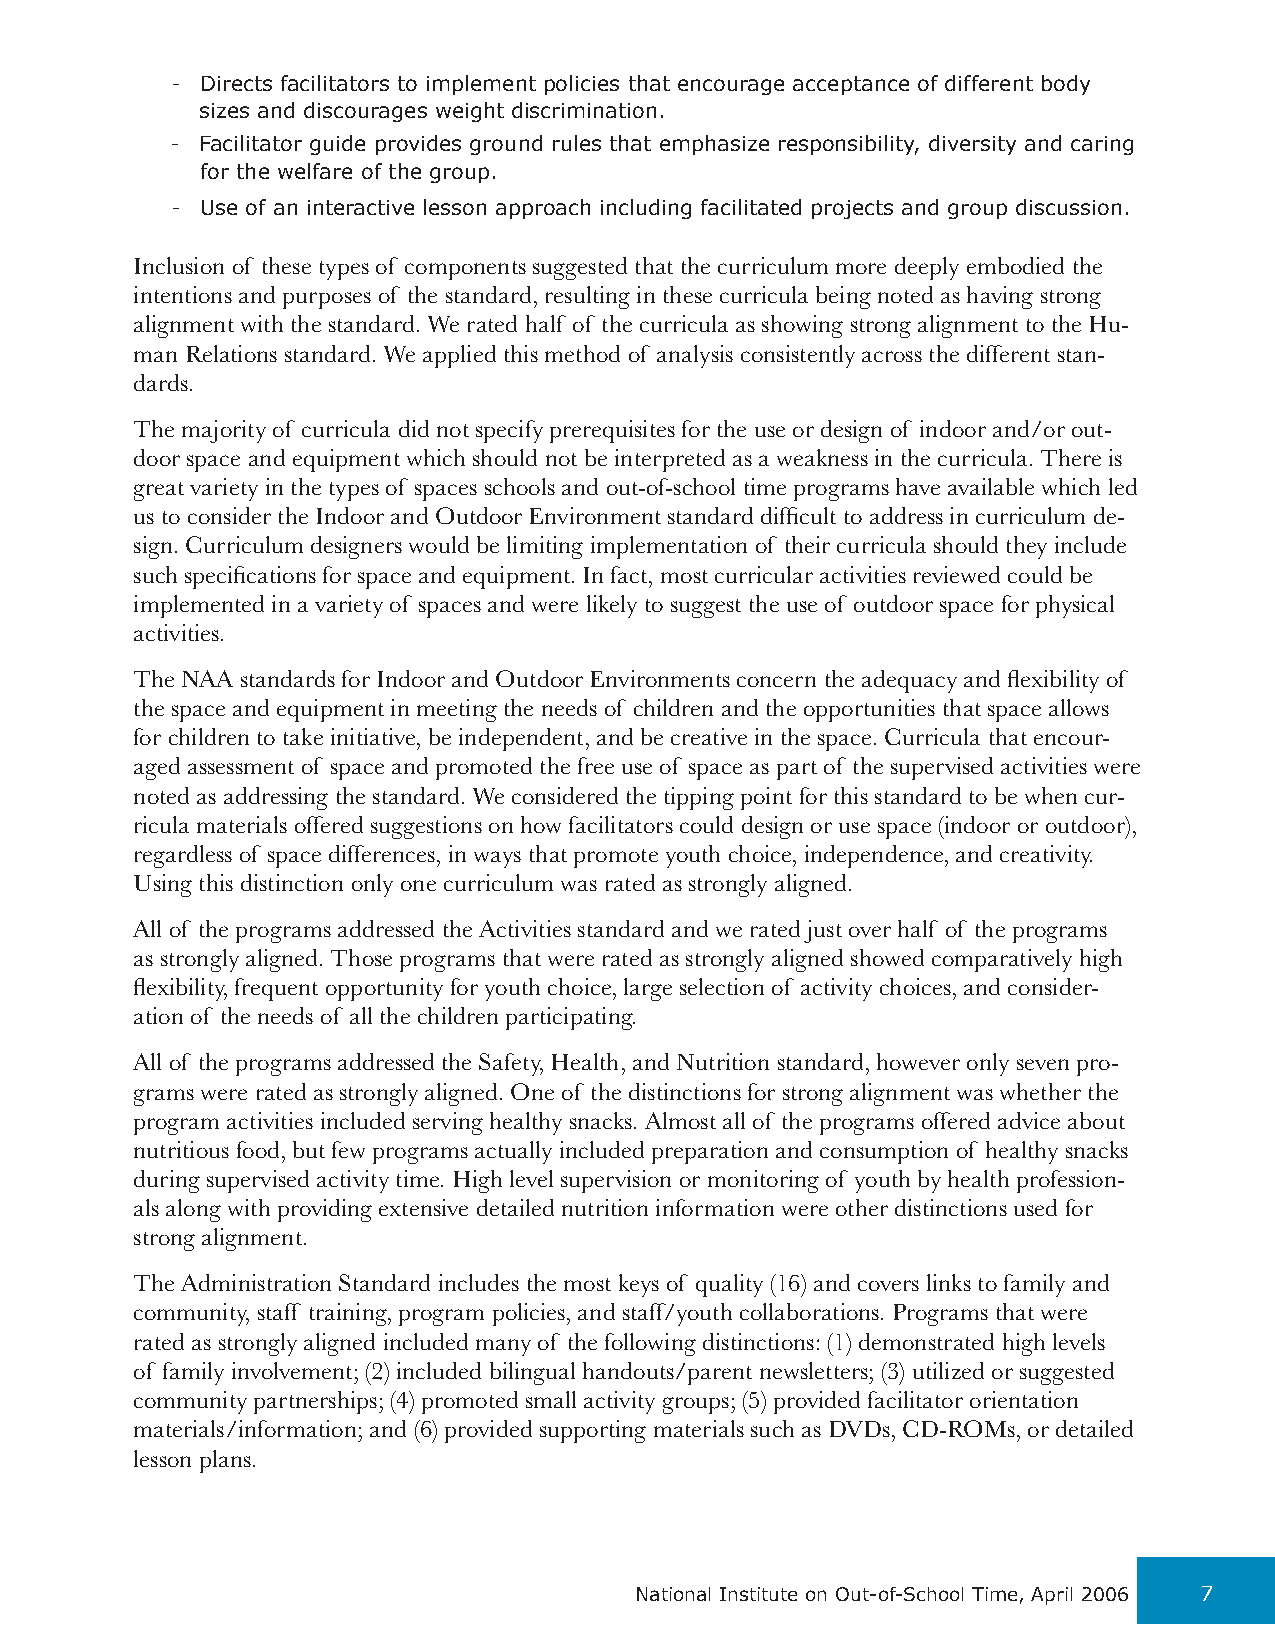
- Directs facilitators to implement policies that encourage acceptance of different body
 sizes and discourages weight discrimination.
 - Facilitator guide provides ground rules that emphasize responsibility, diversity and caring
 for the welfare of the group.
 - Use of an interactive lesson approach including facilitated projects and group discussion.
 Inclusion of these types of components suggested that the curriculum more deeply embodied the
 intentions and purposes of the standard, resulting in these curricula being noted as having strong
 alignment with the standard. We rated half of the curricula as showing strong alignment to the Hu-
 man Relations standard. We applied this method of analysis consistently across the different stan-
 dards.
 The majority of curricula did not specify prerequisites for the use or design of indoor and/or out-
 door space and equipment which should not be interpreted as a weakness in the curricula. There is
 great variety in the types of spaces schools and out-of-school time programs have available which led
 us to consider the Indoor and Outdoor Environment standard difficult to address in curriculum de-
 sign. Curriculum designers would be limiting implementation of their curricula should they include
 such specifications for space and equipment. In fact, most curricular activities reviewed could be
 implemented in a variety of spaces and were likely to suggest the use of outdoor space for physical
 activities.
 The NAA standards for Indoor and Outdoor Environments concern the adequacy and flexibility of
 the space and equipment in meeting the needs of children and the opportunities that space allows
 for children to take initiative, be independent, and be creative in the space. Curricula that encour-
 aged assessment of space and promoted the free use of space as part of the supervised activities were
 noted as addressing the standard. We considered the tipping point for this standard to be when cur-
 ricula materials offered suggestions on how facilitators could design or use space (indoor or outdoor),
 regardless of space differences, in ways that promote youth choice, independence, and creativity.
 Using this distinction only one curriculum was rated as strongly aligned.
 All of the programs addressed the Activities standard and we rated just over half of the programs
 as strongly aligned. Those programs that were rated as strongly aligned showed comparatively high
 flexibility, frequent opportunity for youth choice, large selection of activity choices, and consider-
 ation of the needs of all the children participating.
 All of the programs addressed the Safety, Health, and Nutrition standard, however only seven pro-
 grams were rated as strongly aligned. One of the distinctions for strong alignment was whether the
 program activities included serving healthy snacks. Almost all of the programs offered advice about
 nutritious food, but few programs actually included preparation and consumption of healthy snacks
 during supervised activity time. High level supervision or monitoring of youth by health profession-
 als along with providing extensive detailed nutrition information were other distinctions used for
 strong alignment.
 The Administration Standard includes the most keys of quality (16) and covers links to family and
 community, staff training, program policies, and staff/youth collaborations. Programs that were
 rated as strongly aligned included many of the following distinctions: (1) demonstrated high levels
 of family involvement; (2) included bilingual handouts/parent newsletters; (3) utilized or suggested
 community partnerships; (4) promoted small activity groups; (5) provided facilitator orientation
 materials/information; and (6) provided supporting materials such as DVDs, CD-ROMs, or detailed
 lesson plans.
 National Institute on Out-of-School Time, April 2006 7